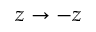
z \to - z